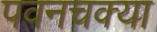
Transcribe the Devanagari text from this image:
पवनचक्या